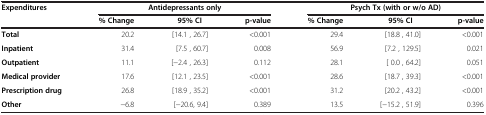
<table><thead><tr><td><b>Expenditures</b></td><td colspan="3"><b>Antidepressants only</b></td><td colspan="3"><b>Psych Tx (with or w/o AD)</b></td></tr><tr><td><b> </b></td><td><b>% Change</b></td><td><b>95% CI</b></td><td><b>p-value</b></td><td><b>% Change</b></td><td><b>95% CI</b></td><td><b>p-value</b></td></tr></thead><tbody><tr><td><b>Total</b></td><td>20.2</td><td>[14.1 , 26.7]</td><td>&lt;0.001</td><td>29.4</td><td>[18.8 , 41.0]</td><td>&lt;0.001</td></tr><tr><td><b>Inpatient</b></td><td>31.4</td><td>[7.5 , 60.7]</td><td>0.008</td><td>56.9</td><td>[7.2 , 129.5]</td><td>0.021</td></tr><tr><td><b>Outpatient</b></td><td>11.1</td><td>[-2.4 , 26.3]</td><td>0.112</td><td>28.1</td><td>[ 0.0 , 64.2]</td><td>0.051</td></tr><tr><td><b>Medical provider</b></td><td>17.6</td><td>[12.1 , 23.5]</td><td>&lt;0.001</td><td>28.6</td><td>[18.7 , 39.3]</td><td>&lt;0.001</td></tr><tr><td><b>Prescription drug</b></td><td>26.8</td><td>[18.9 , 35.2]</td><td>&lt;0.001</td><td>31.2</td><td>[20.2 , 43.2]</td><td>&lt;0.001</td></tr><tr><td><b>Other</b></td><td>-6.8</td><td>[-20.6, 9.4]</td><td>0.389</td><td>13.5</td><td>[-15.2 , 51.9]</td><td>0.396</td></tr></tbody></table>